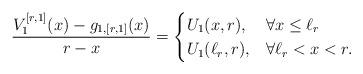
LaTeX: \begin{align*}\frac{V_{1}^{[r,1]}(x) - g_{1,[r,1]}(x)}{r - x} = \begin{cases}U_{1}(x,r),& \forall x \le \ell_{r} \\U_{1}(\ell_{r},r),&\forall \ell_{r} < x < r.\end{cases}\end{align*}